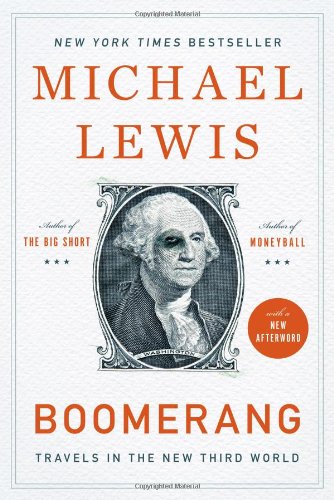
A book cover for Boomerang: Travels in the New Third World; Michael Lewis; Business & Money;